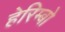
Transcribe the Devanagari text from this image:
हेरिम्बो